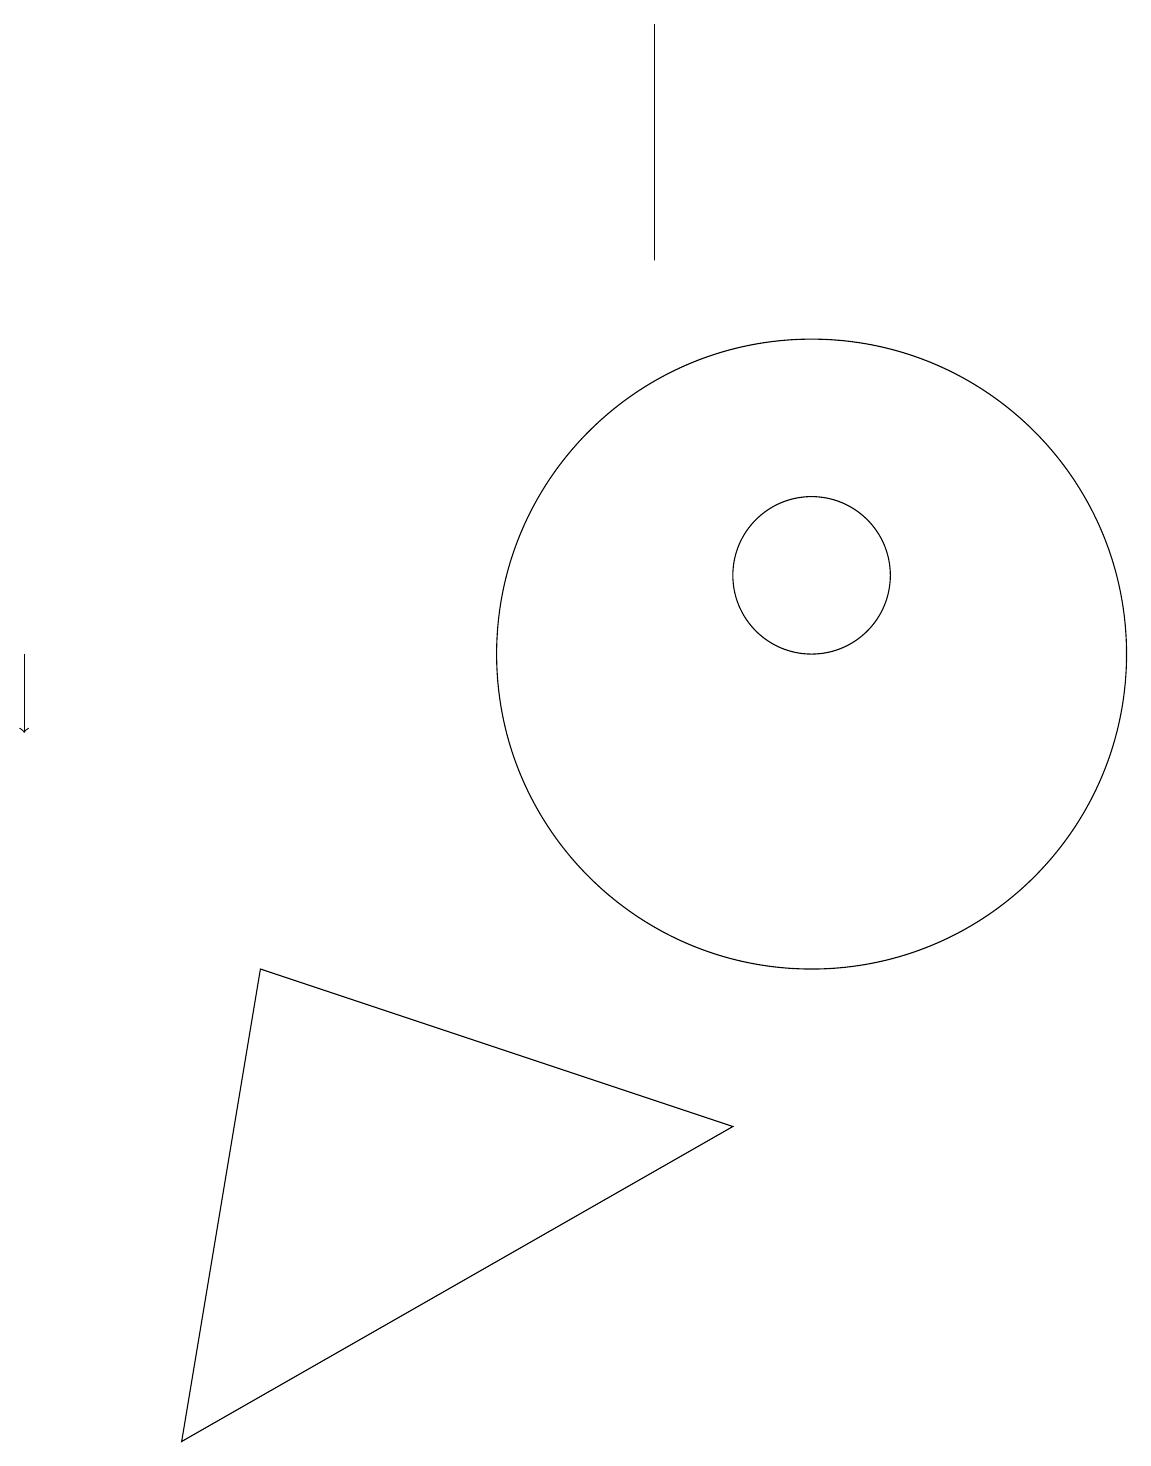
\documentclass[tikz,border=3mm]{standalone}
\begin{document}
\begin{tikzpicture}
\draw (9,5) -- (2,1) -- (3,7) -- cycle;
\draw (8,16) rectangle (8,19);
\draw[->] (0,11) -- (0,10);
\draw (10,12) circle (1);
\draw (10,11) circle (4);
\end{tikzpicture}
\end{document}